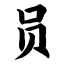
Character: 员